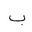
Letter: _ba